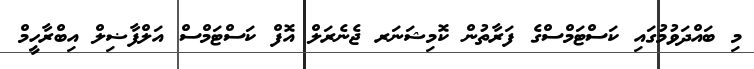
މި ބައްދަވުމުގައި ކަސްޓަމްސްގެ ފަރާތުން ކޮމިޝަނަރ ޖެނެރަލް އޮފް ކަސްޓަމްސް އަލްފާޟިލް އިބްރާހީމް